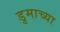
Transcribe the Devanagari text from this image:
डुमाच्या